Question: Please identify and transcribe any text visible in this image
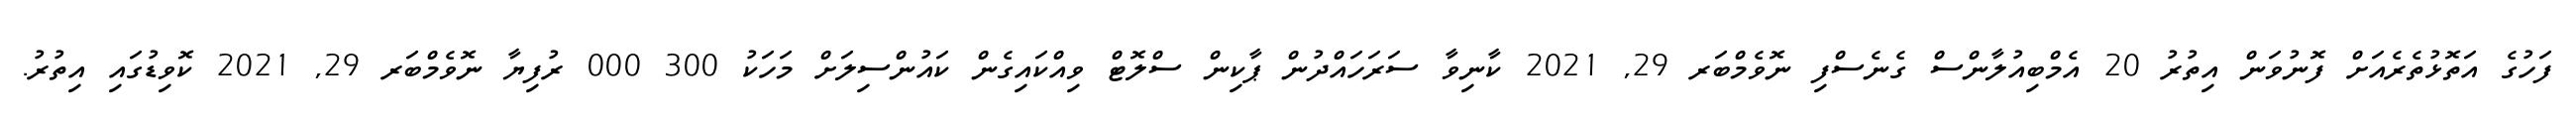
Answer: ފަހުގެ އަތޮޅުތެރެއަށް ފޮނުވަން އިތުރު 20 އެމްބިއުލާންސް ގެނެސްފި ނޮވެމްބަރ 29, 2021 ކާނިވާ ސަރަހައްދުން ޕާކިން ސްލޮޓް ވިއްކައިގެން ކައުންސިލަށް މަހަކު 300 000 ރުފިޔާ ނޮވެމްބަރ 29, 2021 ކޮވިޑުގައި އިތުރު.